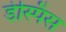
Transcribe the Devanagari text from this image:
डेस्पिंस